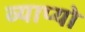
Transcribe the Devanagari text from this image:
व्याप्यो